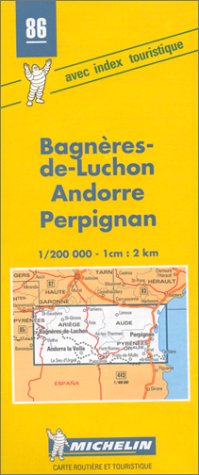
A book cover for Michelin Bagneres-de-Luchon/Andorre/Perpignan, France Map No. 86 (Michelin Maps & Atlases); Michelin Travel Publications; Travel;